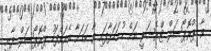
ވާ ޕްރޮޕޯސަލް ޓްރެޝަރީ އަށް ހުށަހަޅާފައި ވާ ކަމަށާ އެއަށްފަހު ޕްރޮޕޯސަލް ދާނީ